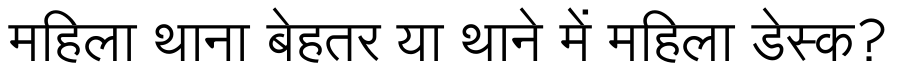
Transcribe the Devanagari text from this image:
महिला थाना बेहतर या थाने में महिला डेस्क?